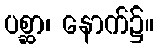
ပစ္ဆာ၊ နောက်၌။